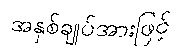
အနှစ်ချုပ်အားဖြင့်